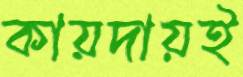
কায়দায়ই